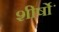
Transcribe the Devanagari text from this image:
शीर्षोॱ